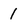
Character: 1